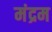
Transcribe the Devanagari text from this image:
मंद्रम